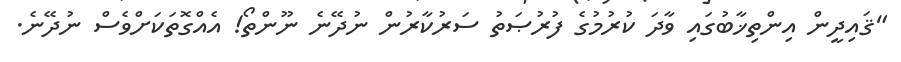
"ޤައިދީން އިންތިޚާބުގައި ވާދަ ކުރުމުގެ ފުރުޞަތު ސަރުކާރުން ނުދޭނެ ނޫންތޯ! އެއްގޮތަކަށްވެސް ނުދޭނެ.